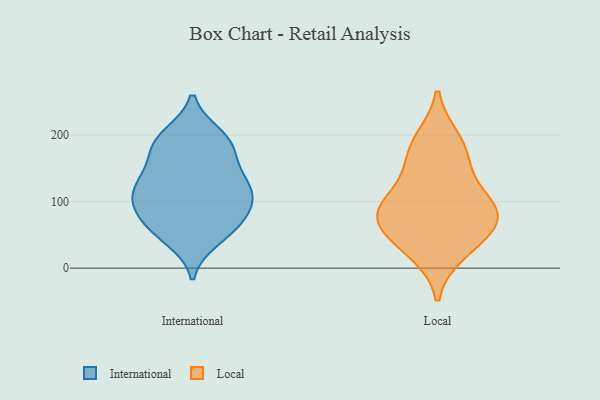
{"axis": {"x": "Backlog", "y": "Value"}, "legend": ["International", "Local"], "data": [{"x": "", "y": 193, "type": "International"}, {"x": "", "y": 124, "type": "International"}, {"x": "", "y": 67, "type": "International"}, {"x": "", "y": 97, "type": "International"}, {"x": "", "y": 58, "type": "International"}, {"x": "", "y": 60, "type": "International"}, {"x": "", "y": 120, "type": "International"}, {"x": "", "y": 102, "type": "International"}, {"x": "", "y": 164, "type": "International"}, {"x": "", "y": 183, "type": "International"}, {"x": "", "y": 189, "type": "International"}, {"x": "", "y": 137, "type": "International"}, {"x": "", "y": 44, "type": "International"}, {"x": "", "y": 87, "type": "International"}, {"x": "", "y": 105, "type": "International"}, {"x": "", "y": 132, "type": "International"}, {"x": "", "y": 199, "type": "International"}, {"x": "", "y": 43, "type": "Local"}, {"x": "", "y": 84, "type": "Local"}, {"x": "", "y": 176, "type": "Local"}, {"x": "", "y": 145, "type": "Local"}, {"x": "", "y": 99, "type": "Local"}, {"x": "", "y": 79, "type": "Local"}, {"x": "", "y": 192, "type": "Local"}, {"x": "", "y": 25, "type": "Local"}, {"x": "", "y": 64, "type": "Local"}, {"x": "", "y": 90, "type": "Local"}]}